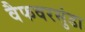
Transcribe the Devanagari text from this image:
वैफवरसुंडा